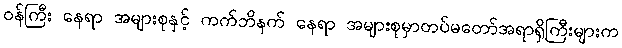
ဝန်ကြီး နေရာ အများစုနှင့် ကက်ဘိနက် နေရာ အများစုမှာတပ်မတော်အရာရှိကြီးများက